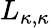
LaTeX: L_{\kappa,\kappa}